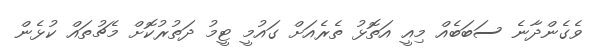
ވެގެންދާނެ ސަބަބެއް މިއީ އަތޮޅު ތެރެއަށް ގައުމީ ޓީމު ދަތުރުކޮށް މެޗުތައް ކުޅެން